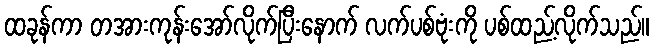
ထခုန်ကာ တအားကုန်းအော်လိုက်ပြီးနောက် လက်ပစ်ဗုံးကို ပစ်ထည့်လိုက်သည်။